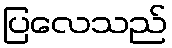
ပြလေသည်